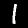
Digit: 1